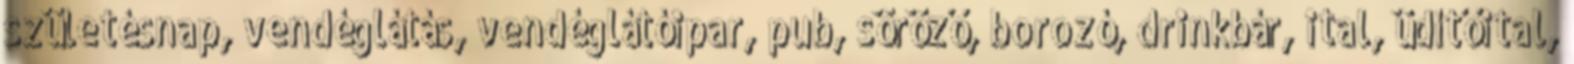
születésnap, vendéglátás, vendéglátóipar, pub, söröző, borozó, drinkbár, ital, üdítőital,